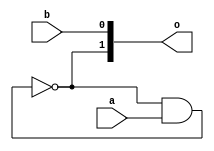
`timescale 1ns /1ps

module loop_test2 ( o, a, b );
  output  [1:0] o;
  input  a;
  input  b;
  
  wire n0 ,n1,n2,n3,n4;
   
  nand	#(1.000) U1 ( n1, n0,a );
  not	#(1.000) U2 ( n2, n1 );
  not	#(1.000) U3 ( n3, n2 );
  not	#(1.000) U4 ( n4,n3 );
  not	#(1.000) U7 ( n0, n4 );
  
  buf	#(1.000) U8 (o[0], b );
  buf	#(1.000) U9 (o[1], n3 );
  
endmodule